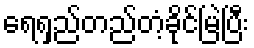
ရေရှည်တည်တံ့ခိုင်မြဲပြီး